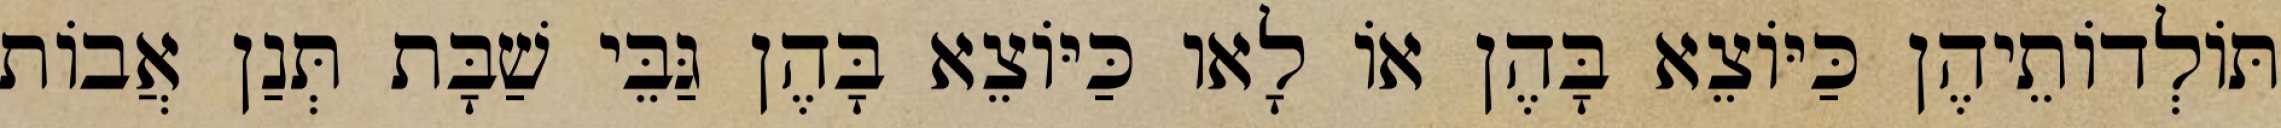
תּוֹלְדוֹתֵיהֶן כַּיּוֹצֵא בָּהֶן אוֹ לָאו כַּיּוֹצֵא בָּהֶן גַּבֵּי שַׁבָּת תְּנַן אֲבוֹת